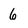
Character: 6